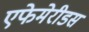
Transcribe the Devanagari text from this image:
एफेमेरीडस